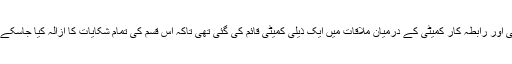
انھوں نے کہا کہ 23 اپریل کو حکومتی اور رابطہ کار کمیٹی کے درمیان ملاقات میں ایک ذیلی کمیٹی قائم کی گئی تھی تاکہ اس قسم کی تمام شکایات کا ازالہ کیا جاسکے اور صحیح فیصلے پر پہنچا جا سکے۔